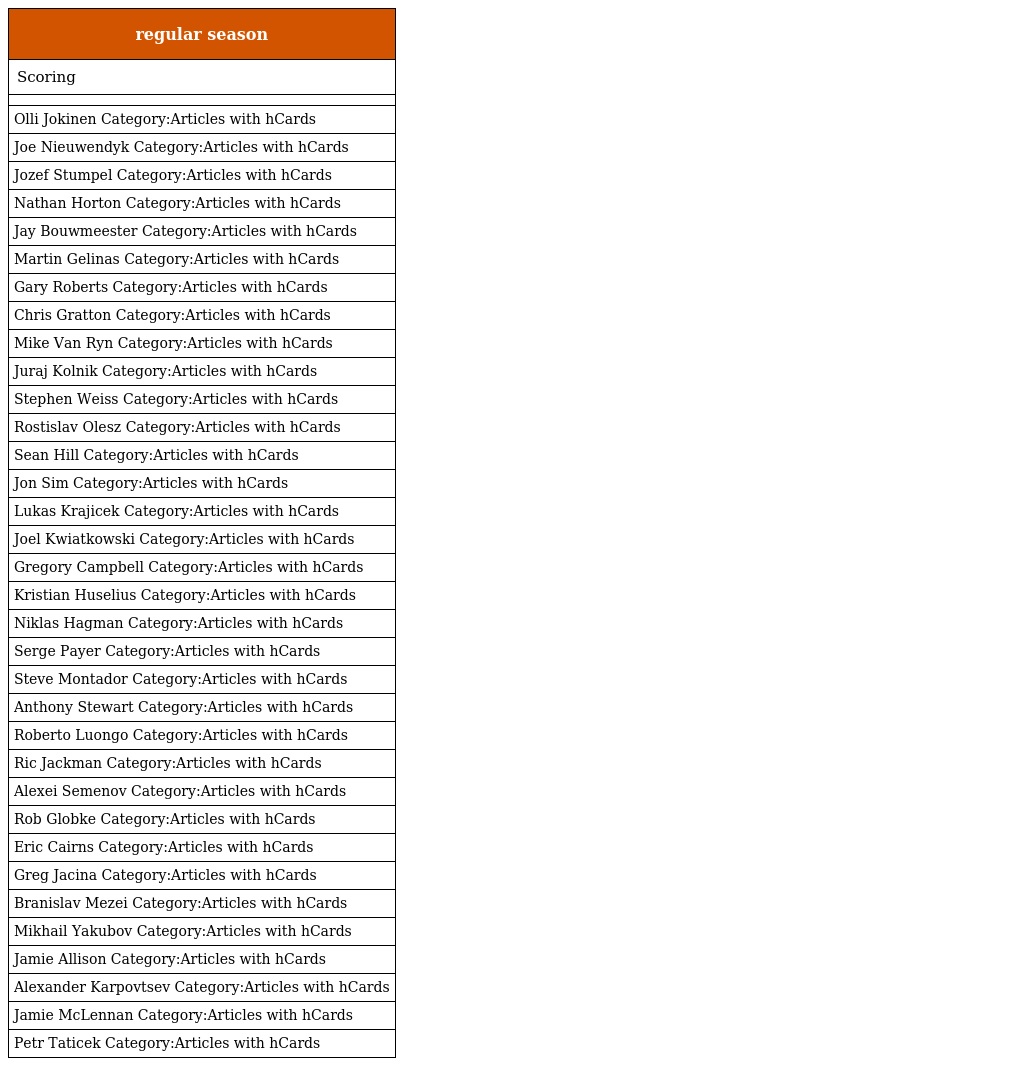
| regular season |
 | --- |
 | Scoring |
 |  |
 | Olli Jokinen Category:Articles with hCards |
 | Joe Nieuwendyk Category:Articles with hCards |
 | Jozef Stumpel Category:Articles with hCards |
 | Nathan Horton Category:Articles with hCards |
 | Jay Bouwmeester Category:Articles with hCards |
 | Martin Gelinas Category:Articles with hCards |
 | Gary Roberts Category:Articles with hCards |
 | Chris Gratton Category:Articles with hCards |
 | Mike Van Ryn Category:Articles with hCards |
 | Juraj Kolnik Category:Articles with hCards |
 | Stephen Weiss Category:Articles with hCards |
 | Rostislav Olesz Category:Articles with hCards |
 | Sean Hill Category:Articles with hCards |
 | Jon Sim Category:Articles with hCards |
 | Lukas Krajicek Category:Articles with hCards |
 | Joel Kwiatkowski Category:Articles with hCards |
 | Gregory Campbell Category:Articles with hCards |
 | Kristian Huselius Category:Articles with hCards |
 | Niklas Hagman Category:Articles with hCards |
 | Serge Payer Category:Articles with hCards |
 | Steve Montador Category:Articles with hCards |
 | Anthony Stewart Category:Articles with hCards |
 | Roberto Luongo Category:Articles with hCards |
 | Ric Jackman Category:Articles with hCards |
 | Alexei Semenov Category:Articles with hCards |
 | Rob Globke Category:Articles with hCards |
 | Eric Cairns Category:Articles with hCards |
 | Greg Jacina Category:Articles with hCards |
 | Branislav Mezei Category:Articles with hCards |
 | Mikhail Yakubov Category:Articles with hCards |
 | Jamie Allison Category:Articles with hCards |
 | Alexander Karpovtsev Category:Articles with hCards |
 | Jamie McLennan Category:Articles with hCards |
 | Petr Taticek Category:Articles with hCards |